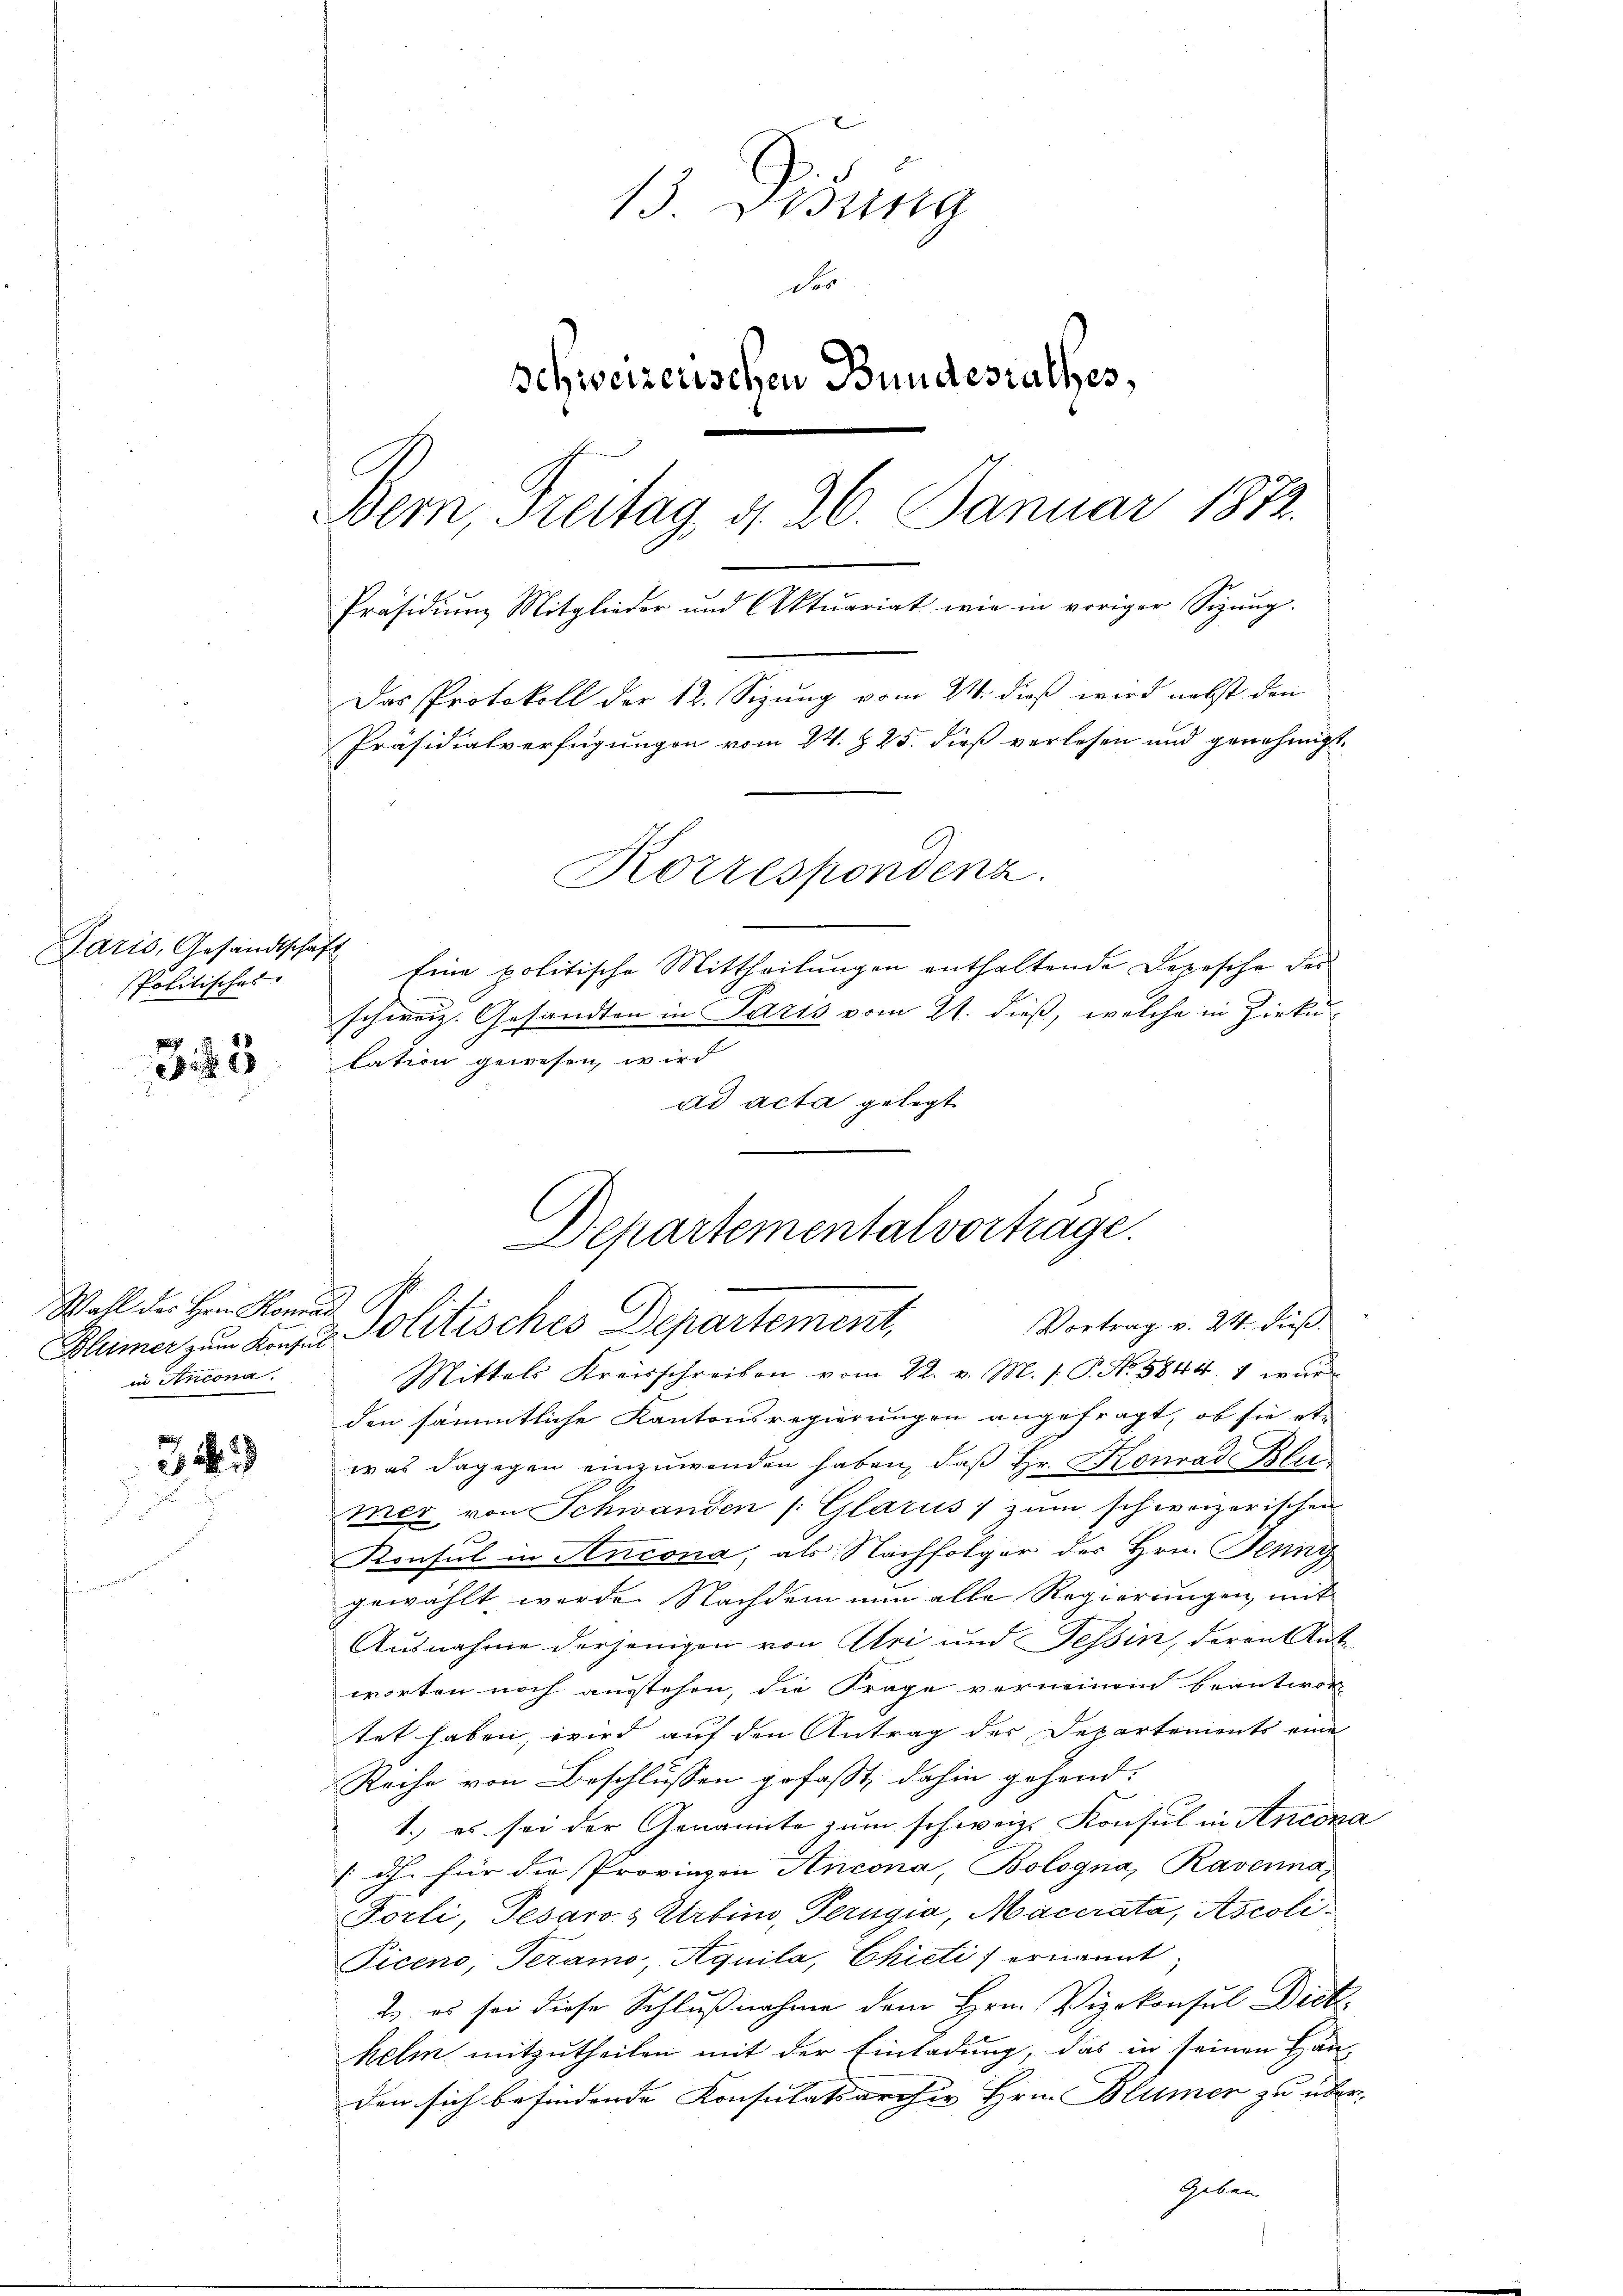
Paris, Gesandtschaft
Politisches

323

Wahl des Hrn. Konrad
Blümer zum Konsul
in Antona

31

13. Disung
des
schweizerischen Bundesrathes,
Bern, Freitag d. 26. Januar 1872.
Präsidium Mitglieder und Aktuariat wie in voriger Sitzung.
Das Protokoll der 12. Sizung vom 24. dieß wird nebst den
Präsidialverfügungen vom 24. § 25. dieß verlesen und genehmigt.
Korrespondenz.
Eine politische Mittheilungen enthaltende Depesche der
schweiz. Gesandten in Paris vom 21. dieß, welche in Zirku

lation gewesen, wird
ad acta gelegt.
Mittels Kreisschreiben vom 22. v. M. P. Nr. 5844. 1 wur
den sämmtliche Kantonsregierungen angefragt, ob sie etwas dagegen einzuwenden haben, daß Hr. Konrad Blitmer von Schwanden /: Glarus zum schweizerischen
Konsul in Ancona, als Nachfolger der Hrn. Jenny
gewählt werde. Nachdem nun alle Regierungen, mit
Ausnahme derjenigen von Uri und Tessin, deren Antworten noch ausstehen, die Frage verneinend beantwor
tet haben, wird auf den Antrag der Departements eine
Rache von Beschlüssen gefaßt, dahin gehend:
1.) es sei der Genannte zum schweiz. Konsul in Antona
dh. für die Provinzen Ancona, Bologna, Ravenna
Forli, Pesaros Utrtino, Perugia, Macerata, Ascoli¬
Piceno, Teramo, Aquila, Chicti) ernannt
2. es sei diese Schlußnahme dem Hrn. Vizekonsul Dict.
helm mitzutheilen mit der Einladung, das in seinen Hän
den sich befindende Konsulatsarcher Hrn. Blümer zu über¬
Gebein

Departemental vorträge.
Vertrag v. 14. dies
Politisches Departement,